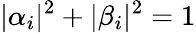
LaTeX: |\alpha_{i}|^{2}+|\beta_{i}|^{2}=1